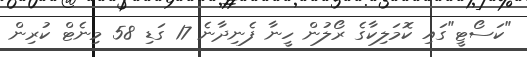
"ކަސޯޓީ"ގައި ކޮމަލިކާގެ ރޯލުން ހީނާ ފެނިދާނެ 17 ގަޑި 58 މިނެޓް ކުރިން